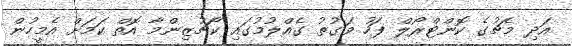
އަދި މެޗުގެ ކޮންޓްރޯލް ފަހު ވަގުތު ގެއްލުމުގައި ކޯޗުޒިންމާ އޮތް ކަމަށް އެމީހުން